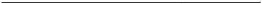
___